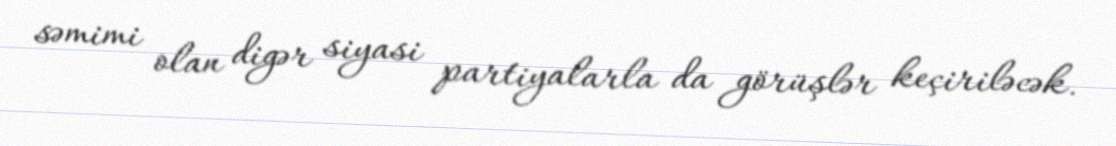
səmimi olan digər siyasi partiyalarla da görüşlər keçiriləcək.